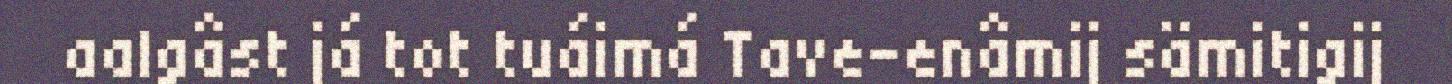
aalgâst já tot tuáimá Tave-enâmij sämitigij